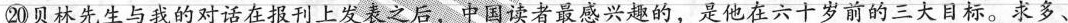
⑳林先生与我的对话在上发之后，中国读者最感兴趣的，是他在六十岁前的三大目标。求多、